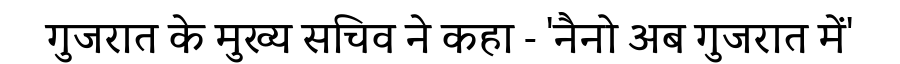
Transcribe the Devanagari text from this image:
गुजरात के मुख्य सचिव ने कहा - 'नैनो अब गुजरात में'